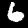
Digit: 6